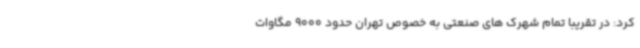
کرد: در تقریبا تمام شهرک های صنعتی به خصوص تهران حدود 9000 مگاوات